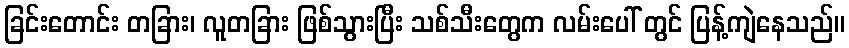
ခြင်းတောင်း တခြား၊ လူတခြား ဖြစ်သွားပြီး သစ်သီးတွေက လမ်းပေါ် တွင် ပြန့်ကျဲနေသည်။